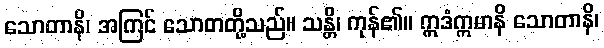
သောတာနိ၊ အကြင် သောတတို့သည်။ သန္တိ၊ ကုန်၏။ ဣဒံဣမာနိ သောတာနိ၊